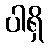
ပါရှိ